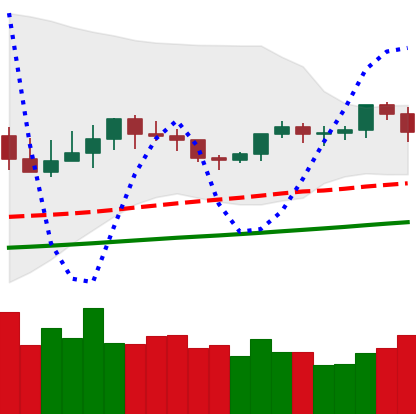
Ticker: XMR-USD
Chart end date: 2021-03-15
Forward return: 6.002%
Label: up_5_7